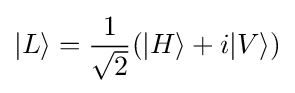
|L\rangle ={\frac {1}{\sqrt {2}}}(|H\rangle +i|V\rangle )